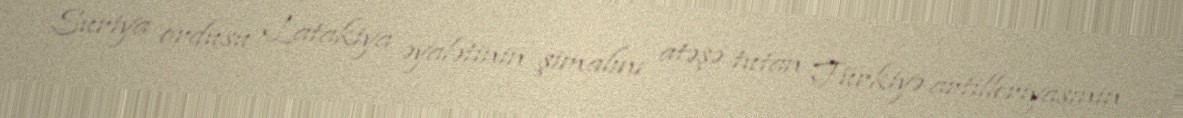
Suriya ordusu Latakiya əyalətinin şimalını atəşə tutan Türkiyə artilleriyasının